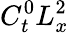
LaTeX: C_{t}^{0}L_{x}^{2}